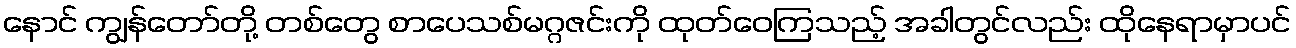
နောင် ကျွန်တော်တို့ တစ်တွေ စာပေသစ်မဂ္ဂဇင်းကို ထုတ်ဝေကြသည့် အခါတွင်လည်း ထိုနေရာမှာပင်